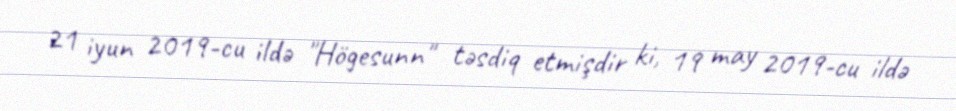
21 iyun 2019-cu ildə "Högesunn" təsdiq etmişdir ki, 19 may 2019-cu ildə